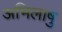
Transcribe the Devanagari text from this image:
अभिलाषु